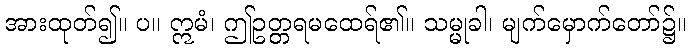
အားထုတ်၍။ ပ။ ဣမံ၊ ဤဥတ္တရမထေရ်၏။ သမ္မုခါ၊ မျက်မှောက်တော်၌။